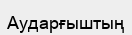
Аударғыштың